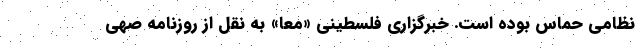
نظامی حماس بوده است. خبرگزاری فلسطینی «معا» به نقل از روزنامه صهی